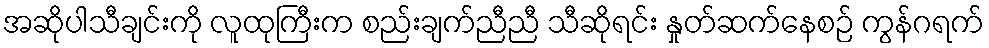
အဆိုပါသီချင်းကို လူထုကြီးက စည်းချက်ညီညီ သီဆိုရင်း နှုတ်ဆက်နေစဉ် ကွန်ဂရက်